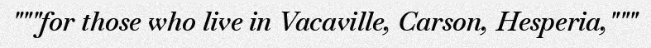
"""for those who live in Vacaville, Carson, Hesperia,"""